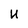
Character: U